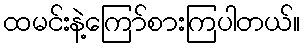
ထမင်းနဲ့ကြော်စားကြပါတယ်။